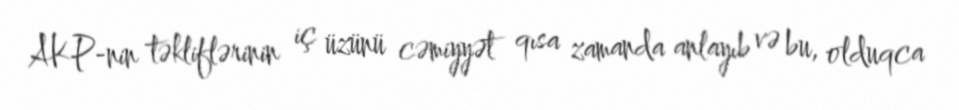
AKP-nin təkliflərinin iç üzünü cəmiyyət qısa zamanda anlayıb və bu, olduqca